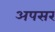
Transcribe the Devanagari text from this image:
अपसर